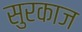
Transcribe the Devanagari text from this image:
सुरकाज